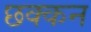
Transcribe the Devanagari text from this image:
छक्कन